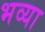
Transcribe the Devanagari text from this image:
भव्‍या